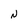
Character: N